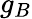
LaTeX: g_{B}